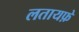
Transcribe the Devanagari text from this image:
लतायफ़े